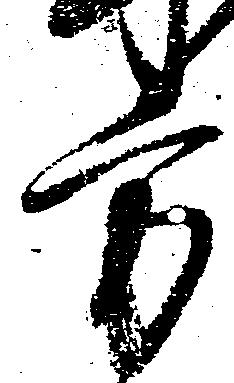
方